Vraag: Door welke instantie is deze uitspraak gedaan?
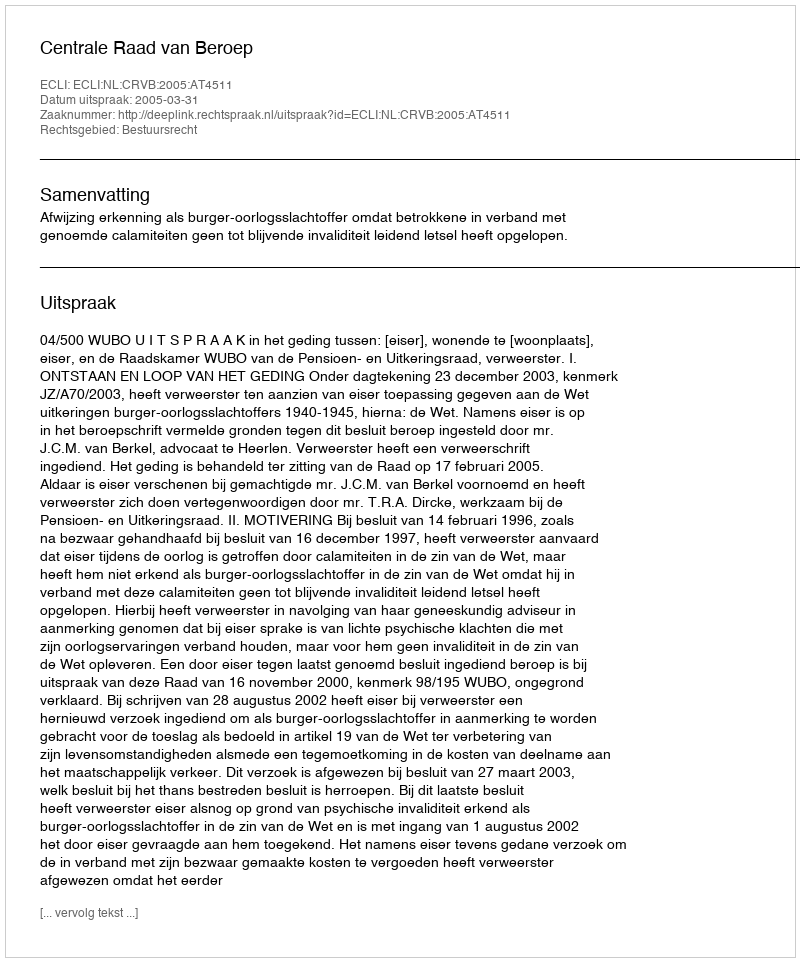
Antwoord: Centrale Raad van Beroep